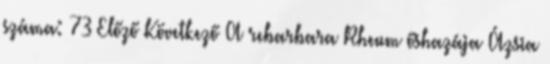
száma: 73 Előző Következő A rebarbara Rheum őshazája Ázsia